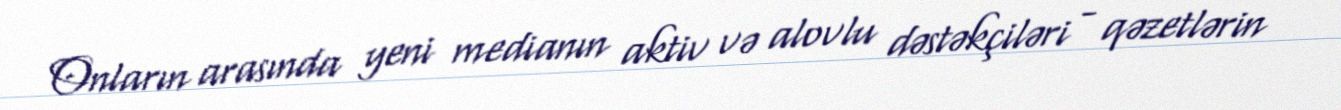
Onların arasında yeni medianın aktiv və alovlu dəstəkçiləri - qəzetlərin